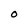
Character: O